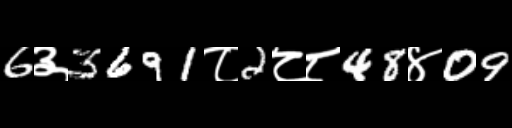
Text: 6३3691८2८८48४09